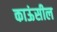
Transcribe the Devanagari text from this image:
काऊंसील